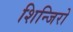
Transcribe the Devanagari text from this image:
शिन्जिरो